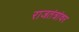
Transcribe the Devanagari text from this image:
राजतंत्रांवर